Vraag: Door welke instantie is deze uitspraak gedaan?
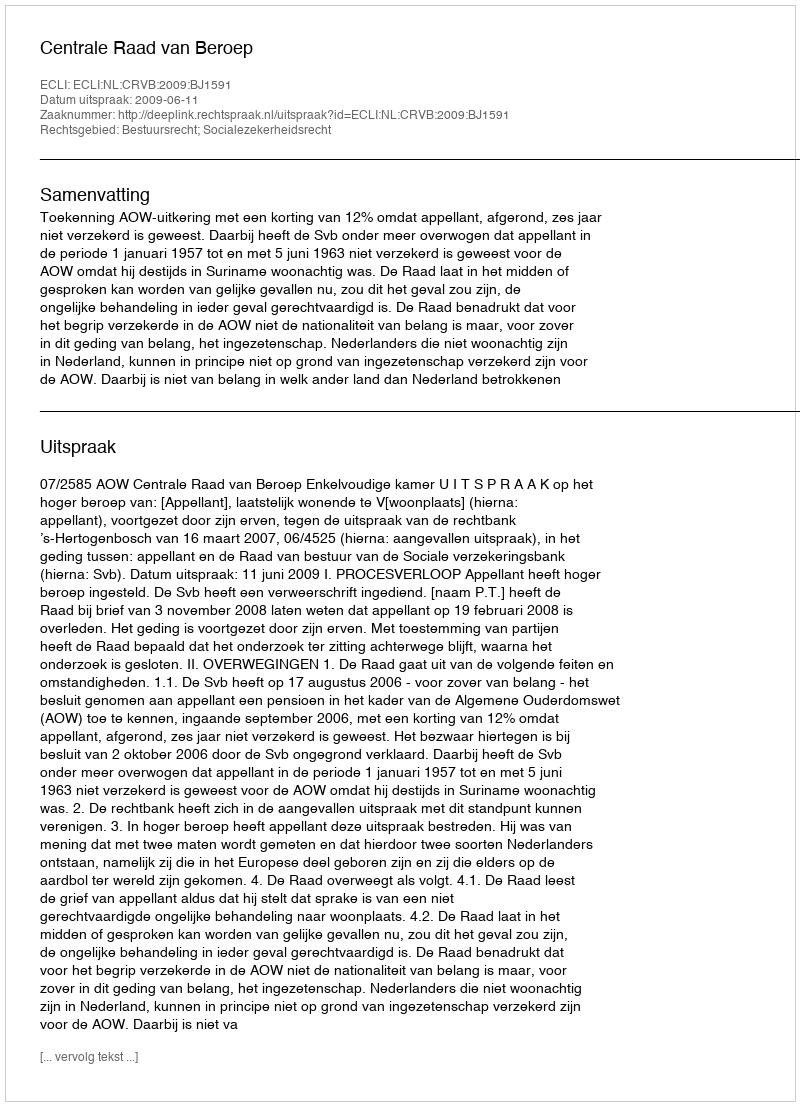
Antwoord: Centrale Raad van Beroep